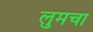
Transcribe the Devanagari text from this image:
लुमचा